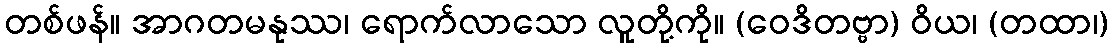
တစ်ဖန်။ အာဂတမနုဿ၊ ရောက်လာသော လူတို့ကို။ (ဝေဒိတဗ္ဗာ) ဝိယ၊ (တထာ၊)